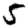
Digit: 5